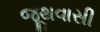
જૂથવાસી